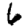
Digit: 6